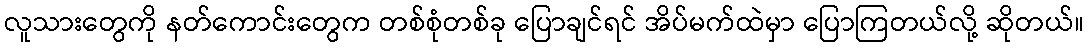
လူသားတွေကို နတ်ကောင်းတွေက တစ်စုံတစ်ခု ပြောချင်ရင် အိပ်မက်ထဲမှာ ပြောကြတယ်လို့ ဆိုတယ်။